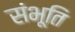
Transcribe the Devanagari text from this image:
संभूति